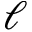
\ell